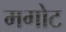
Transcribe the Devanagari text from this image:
मगोट